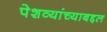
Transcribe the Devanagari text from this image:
पेशव्यांच्याबद्दल